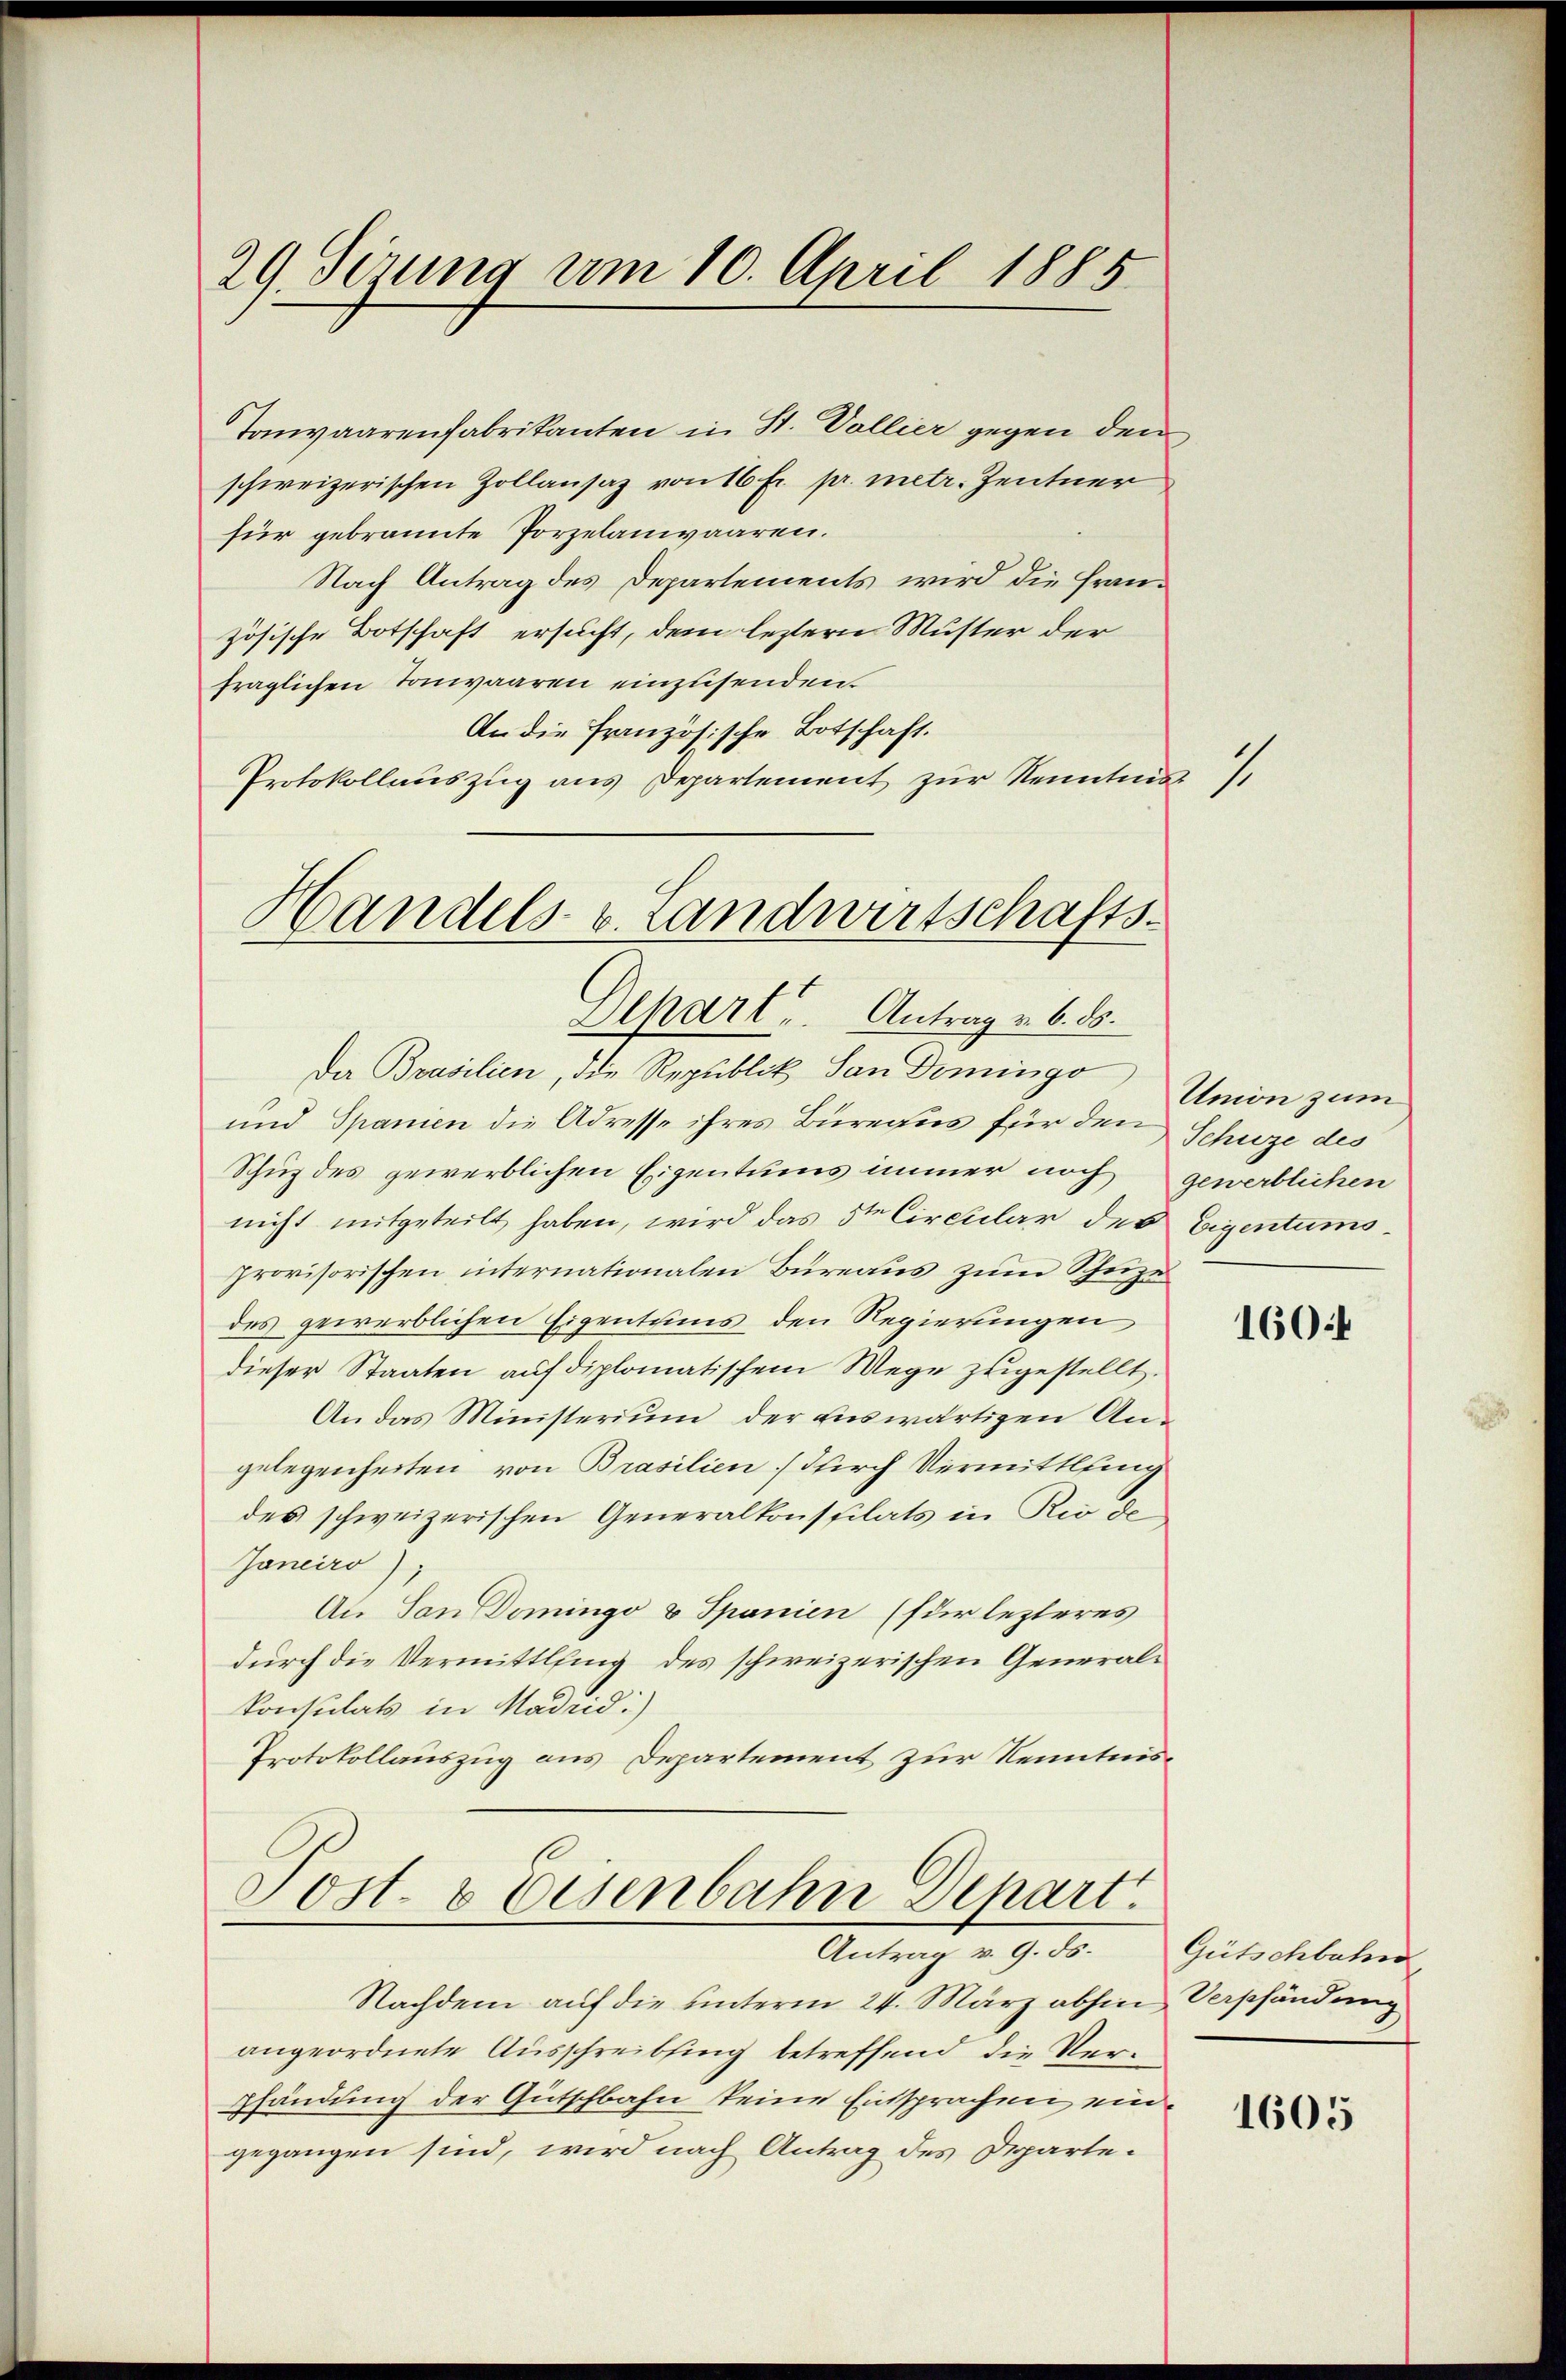
29. Serung am 10. April 1885

Tonwaarenfabrikanten in St. Vollier gegen den
schweizerischen Zollansaz von 16 Fr. pr. metr. Zentner
für gebrannte Porzelauwaaren.
Nach Antrag des Departements wird die Französische Botschaft ersucht, dem leztern Muster der
fraglichen Tonwaaren einzusenden.
An die französische Botschaft.
Protokollauszug aus Departement zur Kenntnis
Handels v. Landwirtschafts-

Depart. Antrag v. 6. ds.

Da Brasilien, die Republik San Demingo
und Spanien die Adresse ihres Büreaus für den Schuze des
Schuz des gewerblichen Eigentums immer noch
nicht mitgeteilt haben, wird das 3ten Circular des Eigentums-
provisorischen internationalen Büreaus zum Scheize
des gewerblichen Eigentums den Regierungen
dieser Staaten auf diplomatischem Wege zugestellt.
An das Ministerium der auswärtigen Angelegenheiten von Brasilien) durch Vermittlung
des schweizerischen Generalkonspilats in Rio de
Janeiro)
An Son Domingo & Spanien (für lezteres
durch die Vermittlung des schweizerischen General¬
Konsulats in Madrid:)
Protokollauszug aus Departement zur Kenntnis¬
Post- & Eisenbahn Depart.

Antrag v. 9. ds.

Nachdem auf die unterm 24. März abhin Verpfändung
angeordnete Ausschreibsing betreffend die Verm
Pfändung der Gutschbahn keine Entsprachen eingegangen sind, wird nach Antrag des Departe¬

1

Union zum
gewerblichen

1604

Gütschbahn

1605